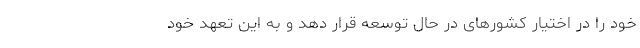
خود را در اختیار کشورهای در حال توسعه قرار دهد و به این تعهد خود